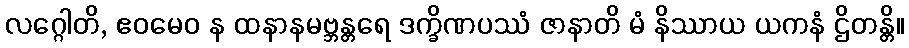
လဂ္ဂေါတိ, ဧဝမေဝ န ထနာနမဗ္ဘန္တရေ ဒက္ခိဏပဿံ ဇာနာတိ မံ နိဿာယ ယကနံ ဌိတန္တိ။